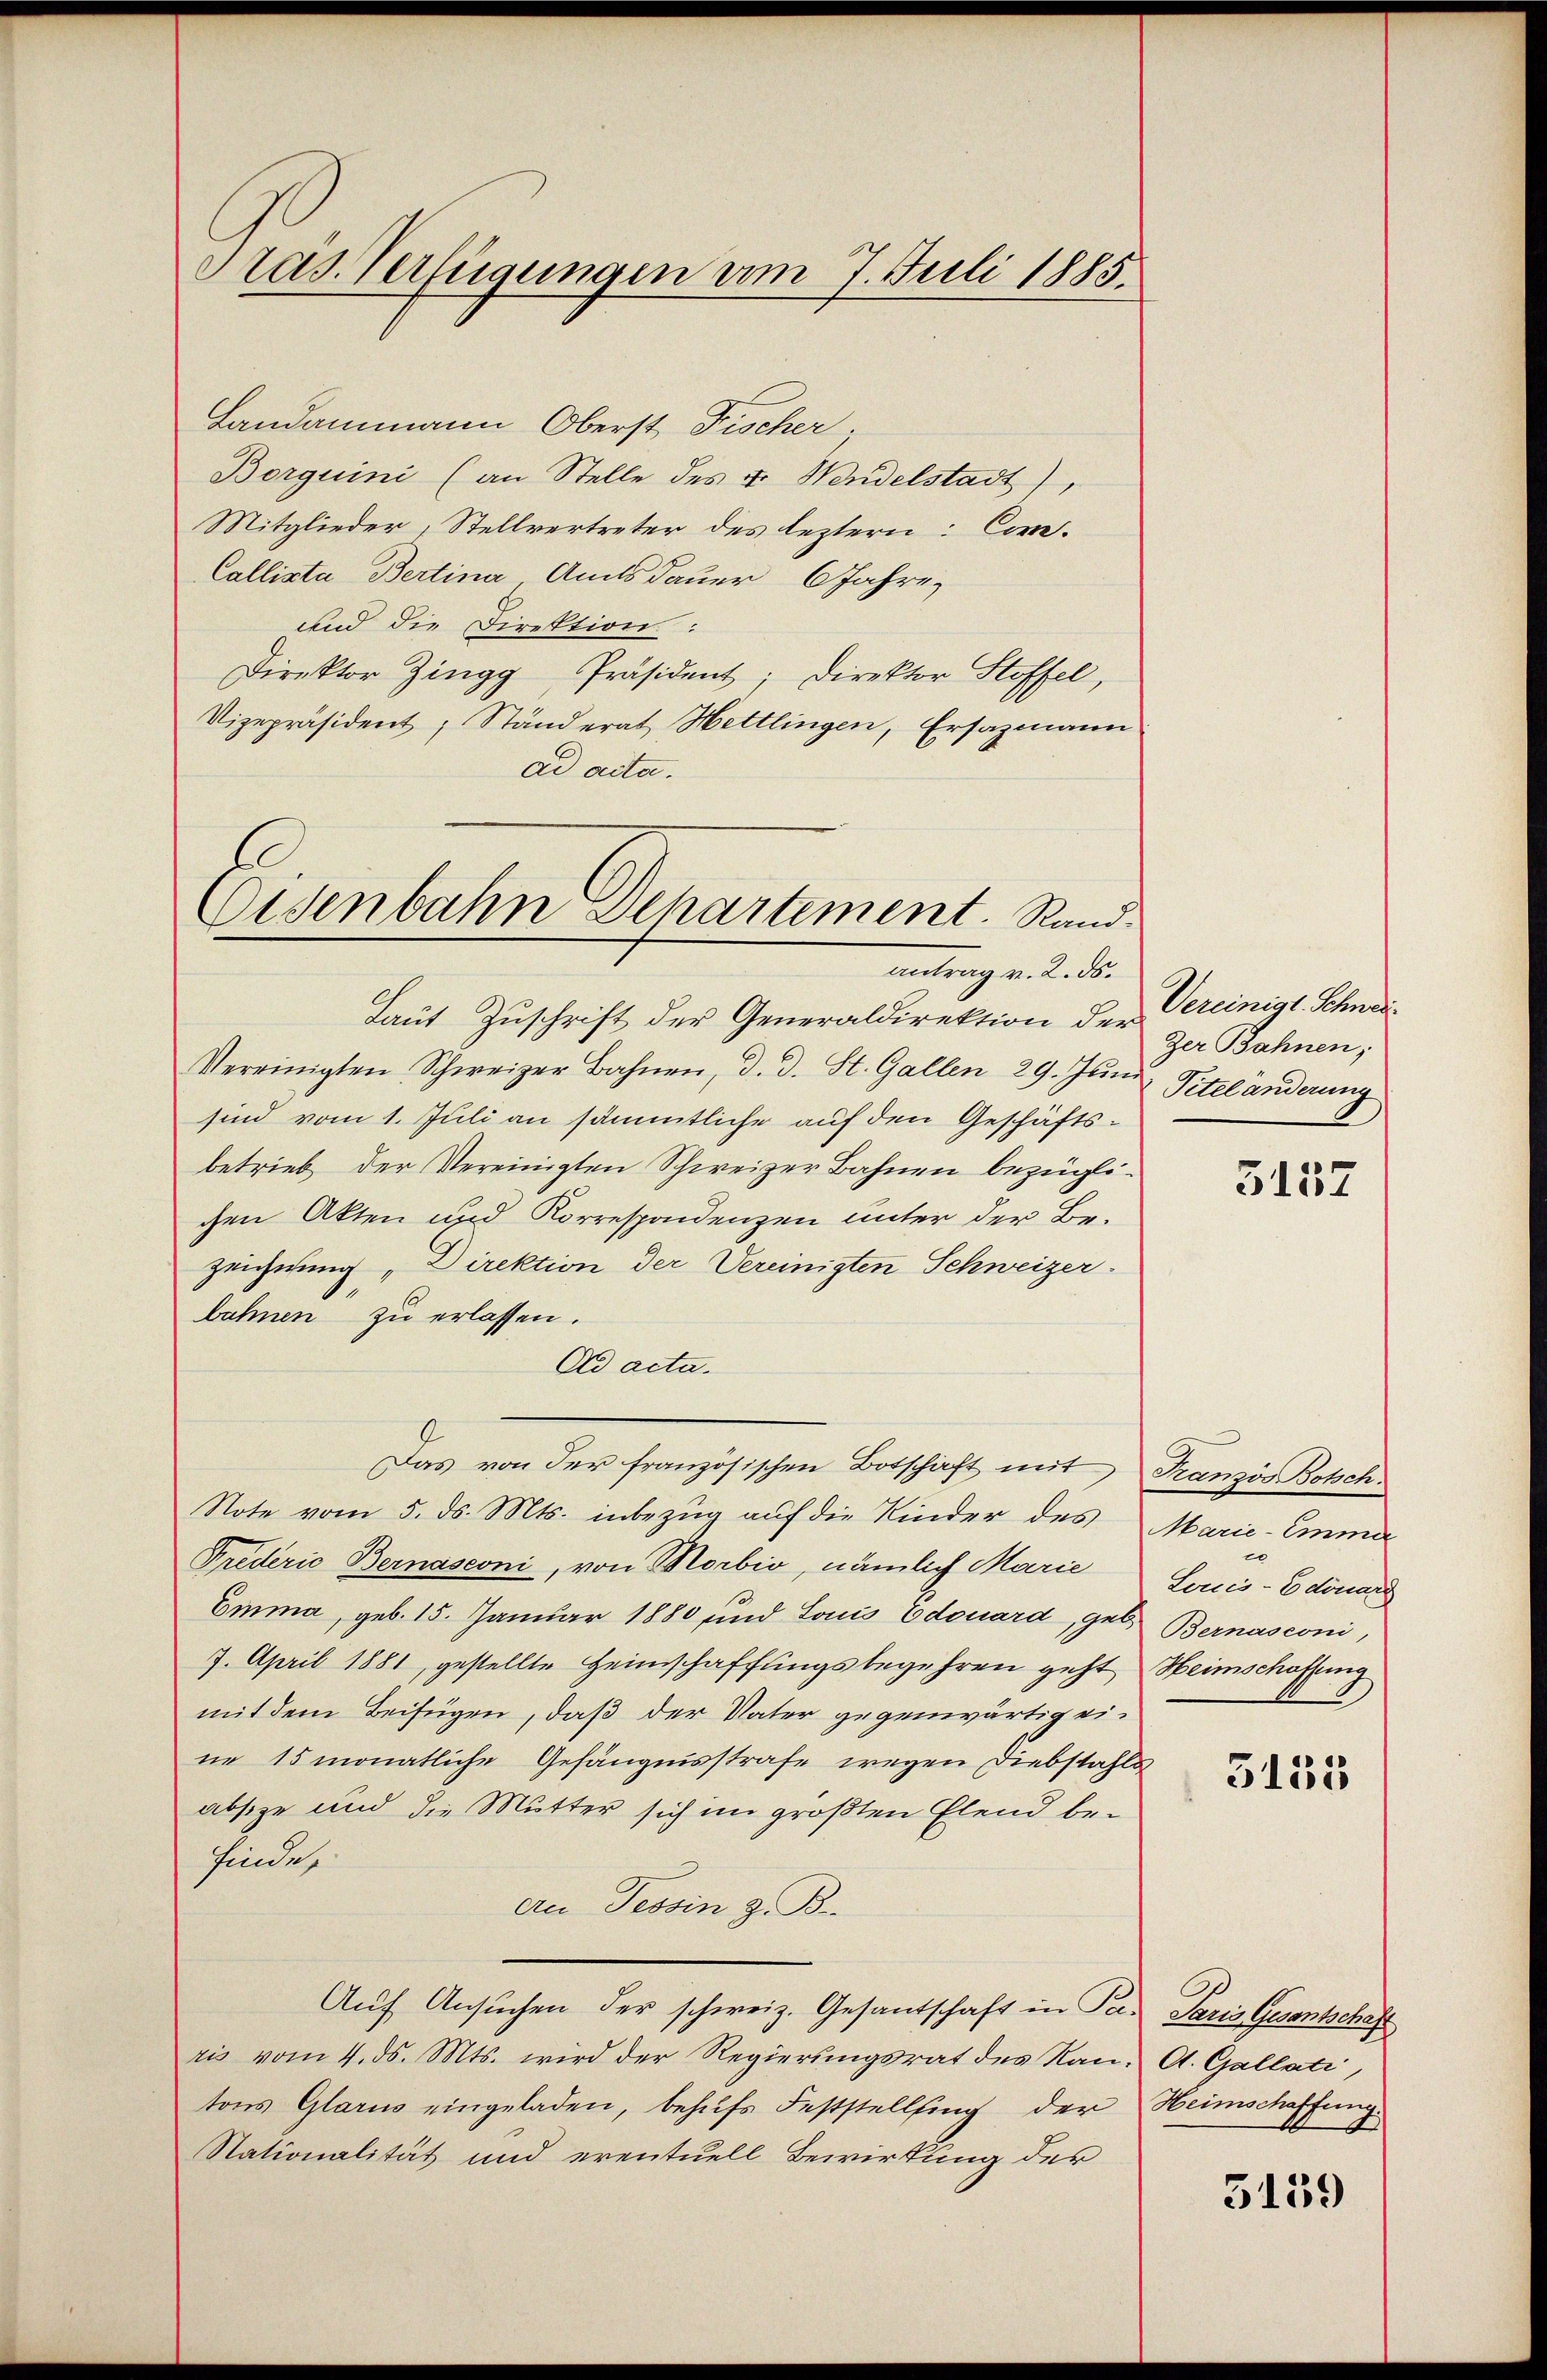
Pras. Verfügungen am 7. Juli 1885.

Landammann Oberst Fischer.
Borquini (an Stelle des v. Wandelstadt),
Mitglieder, Stellvertreter des leztern: Com¬
Callista Bertina Amtsdauer Jahre,
und die Direktion:
Direktor Zingg Präsident; Direktor Stoffel,
Vizepräsident; Ständerat Hettlingen, Ersazmann
ad acta.

Eisenbahn Departement. Rand-
antrag v. 2. ds.

Laut Zuschrift der Generaldirektion der Vereinigt. Schnei¬
Vereinigten Schweizer Bahnen, d. d. St. Gallen 29. Jŭni Titeländerung
sind vom 1. Juli an sämmtliche auf den Geschäftsbetrieb der Vereinigten Schweizer Bahnen bezüglichen Akten und Korrespondenzen unter der Bezeichnung "Direktion der Vereinigten Schweizer.
bahnen zu erlassen.
Ad acta.
Das von der französischen Botschaft mit Französ Botsch¬
Note vom 5. ds. Mts. inbezug auf die Kinder des Marie-Emma
Priderio Bernasconi, von Horbio, nämlich Marie Louis-Edouar
Emma, geb. 15. Januar 1880 und Louis Edouard, geb. Bernasconi,
7. April 1881, gestellte Heimschaffungsbegehren geht Heimschaffung
mit dem Beifügen, daß der Vater gegenwärtig eine 15 monatliche Gefängnisstrafe wegen Diebstahls
absze und die Mutter sich im größten Elend befindet
en Tessin z. B.
Auf Ansuchen der schweiz. Gesantschaft in P. Paris Gesantschaft
ris vom 4. ds. Mts. wird der Regierungsrat des Nan. A. Gallati,
tons Glarus eingeladen, behufs Feststellung der Heimschaffung
Nationalität und eventuell Bewirkung der

Zer Bahnen;

3157

c

3155

5139